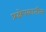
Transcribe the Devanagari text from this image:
प्रक्षेपकातील